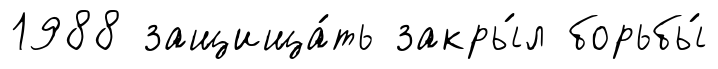
1988 защища́ть закры́л борьбы́